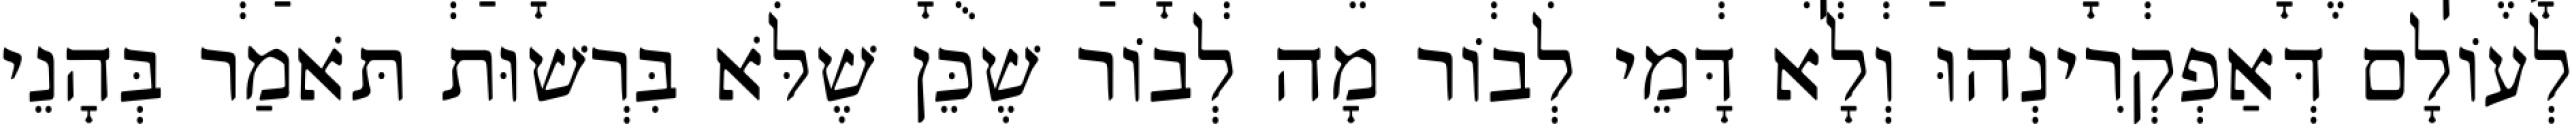
לְעוֹלָם דְּאַפְקְרִינְהוּ וְלָא דָּמֵי לְבוֹר מָה לְבוֹר שֶׁכֵּן שֶׁלֹּא בִּרְשׁוּת תֹּאמַר בְּהָנֵי